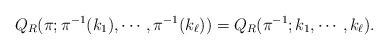
LaTeX: \begin{align*} Q_R(\pi;\pi^{-1}(k_1),\cdots,\pi^{-1}(k_\ell)) = Q_R(\pi^{-1};k_1,\cdots,k_\ell).\end{align*}